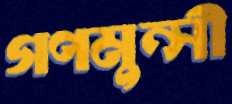
গণমুন্সী